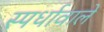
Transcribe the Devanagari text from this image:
स्पर्धावाले